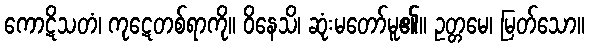
ကောဋိသတံ၊ ကုဋေတစ်ရာကို။ ဝိနေသိ၊ ဆုံးမတော်မူ၏။ ဥတ္တမေ၊ မြတ်သော။